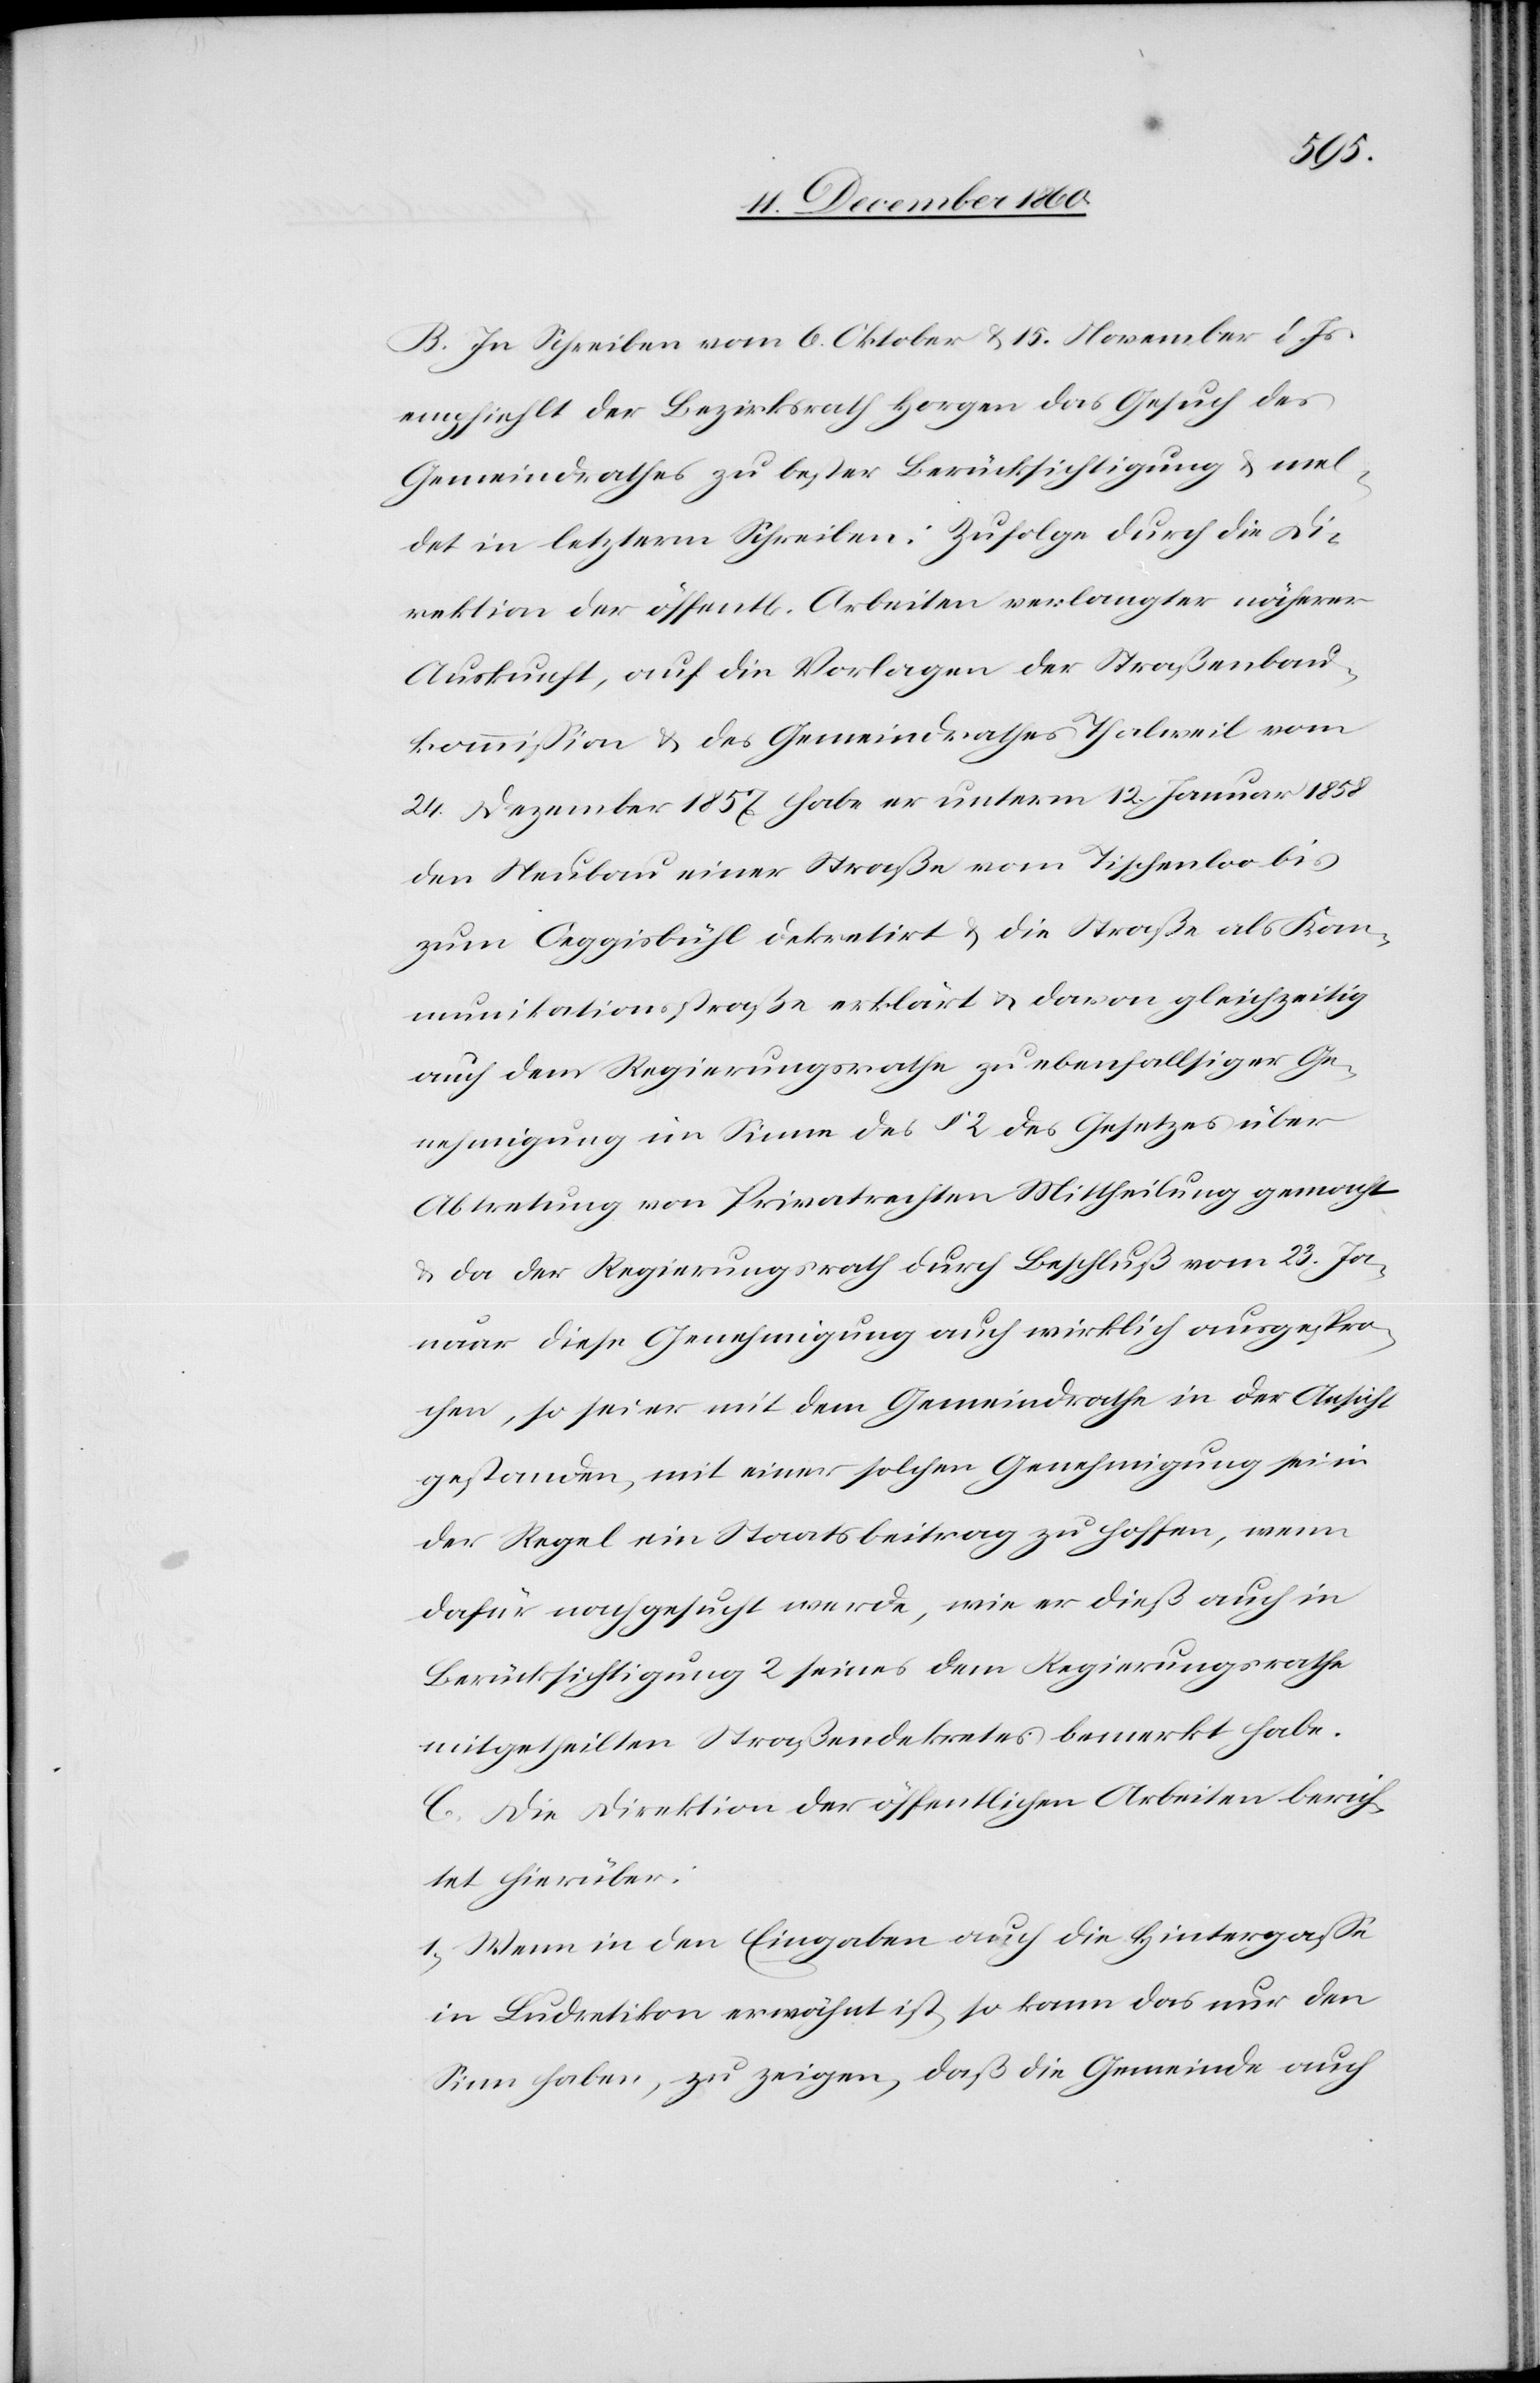
B. In Schreiben vom 6. Oktober u. 15. November d. Js.
empfiehlt der Bezirksrath Horgen das Gesuch des
Gemeindrathes zu bester Berücksichtigung u. mel¬
det in letzterm Schreiben: Zufolge durch die Di¬
rektion der öffent[lichen] Arbeiten verlangter näherer
Auskunft, auf die Vorlagen der Straßenbau¬
kommission u. des Gemeindrathes Thalweil vom
24. Dezember 1857 habe er unterm 12. Januar 1858
den Neubau einer Straße vom Tischenloo bis
zum Oeggisbühl dekretirt u. die Straße als Kom¬
munikationsstraße erklärt u. davon gleichzeitig
auch dem Regierungsrathe zu ebenfallsiger Ge¬
nehmigung im Sinne des § 2 des Gesetzes über
Abtretung von Privatrechten Mittheilung gemacht
u. da der Regierungsrath durch Beschluß vom 23. Ja¬
nuar diese Genehmigung auch wirklich ausgespro¬
chen, so sei er mit dem Gemeindrathe in der Ansicht
gestanden, mit einer solchen Genehmigung sei in
der Regel ein Staatsbeitrag zu hoffen, wenn
dafür nachgesucht werde, wie er dieß auch in
Berücksichtigung 2 seines dem Regierungsrathe
mitgetheilten Straßendekretes bemerkt habe.
C. Die Direktion der öffentlichen Arbeiten berich¬
tet hierüber:
1. Wenn in den Eingaben auch die Hintergasse
in Ludretikon erwähnt ist, so kann das nur den
Sinn haben, zu zeigen, daß die Gemeinde auch